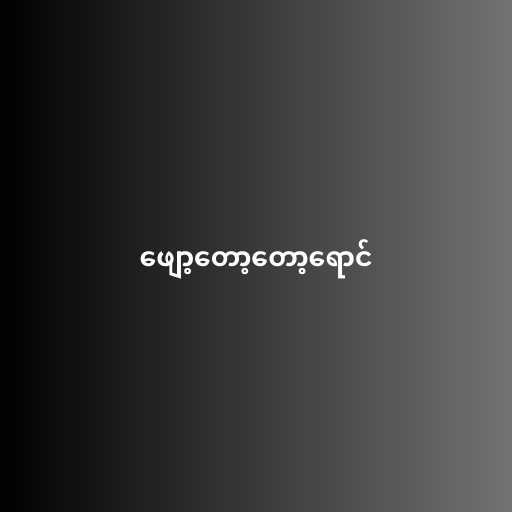
ဖျော့တော့တော့ရောင်